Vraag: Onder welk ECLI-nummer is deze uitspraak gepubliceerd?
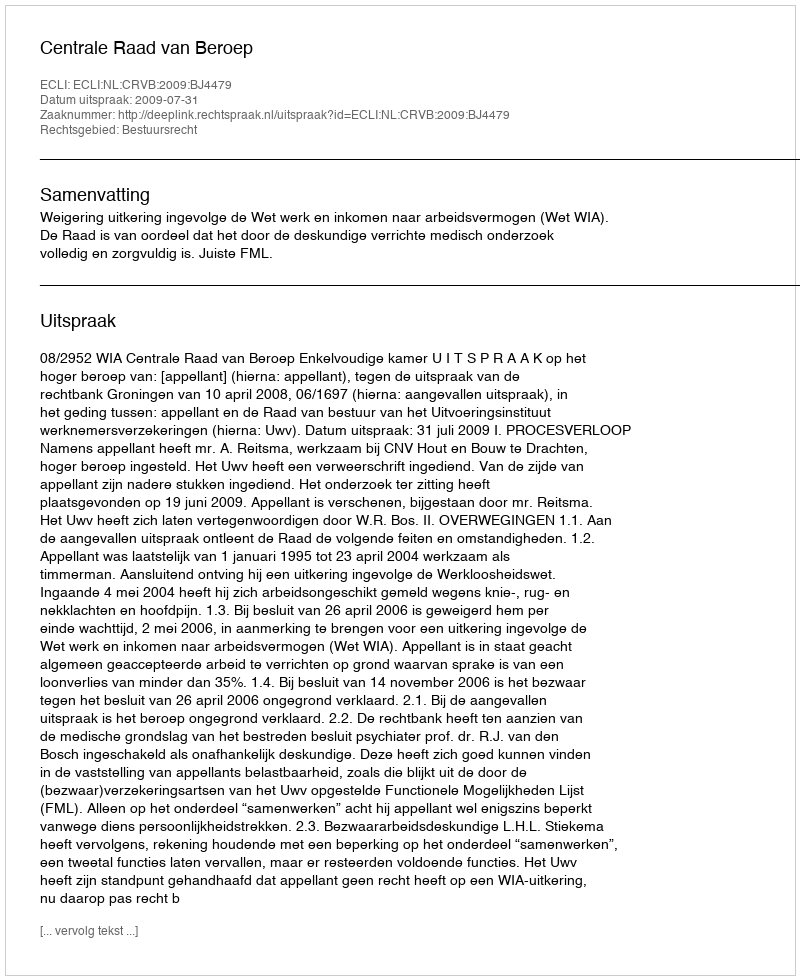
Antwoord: ECLI:NL:CRVB:2009:BJ4479